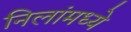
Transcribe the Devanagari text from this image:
निलांमध्ये